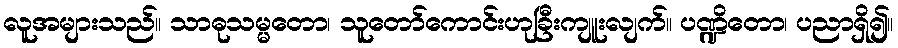
လူအများသည်။ သာဓုသမ္မတော၊ သူတော်ကောင်းဟုခြီးကျူးလျက်။ ပဏ္ဍိတော၊ ပညာရှိ၍။